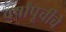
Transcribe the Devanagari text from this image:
वर्षांपूर्चीचे